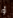
أو